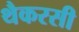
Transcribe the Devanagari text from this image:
थैकरसी